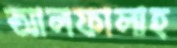
আলফালাহ